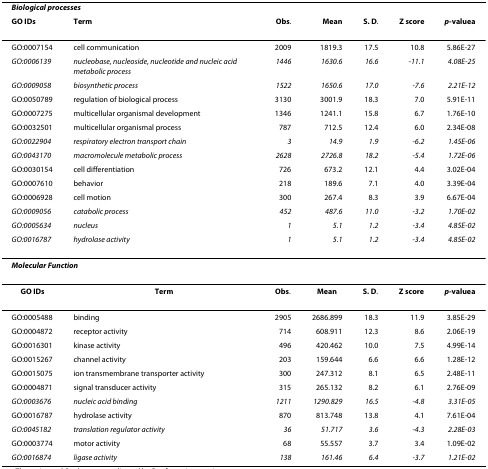
<table><thead><tr><td colspan="7"><b><i>Biological processes</i></b></td></tr><tr><td><b>GO IDs</b></td><td><b>Term</b></td><td><b>Obs.</b></td><td><b>Mean</b></td><td><b>S. D.</b></td><td><b>Z score</b></td><td><b><i>p</i>-value<sup>a</sup></b></td></tr></thead><tbody><tr><td>GO:0007154</td><td>cell communication</td><td>2009</td><td>1819.3</td><td>17.5</td><td>10.8</td><td>5.86E-27</td></tr><tr><td><i>GO:0006139</i></td><td><i>nucleobase, nucleoside, nucleotide and nucleic acid metabolic process</i></td><td><i>1446</i></td><td><i>1630.6</i></td><td><i>16.6</i></td><td>-<i>11.1</i></td><td><i>4.08E-25</i></td></tr><tr><td><i>GO:0009058</i></td><td><i>biosynthetic process</i></td><td><i>1522</i></td><td><i>1650.6</i></td><td><i>17.0</i></td><td>-<i>7.6</i></td><td><i>2.21E-12</i></td></tr><tr><td>GO:0050789</td><td>regulation of biological process</td><td>3130</td><td>3001.9</td><td>18.3</td><td>7.0</td><td>5.91E-11</td></tr><tr><td>GO:0007275</td><td>multicellular organismal development</td><td>1346</td><td>1241.1</td><td>15.8</td><td>6.7</td><td>1.76E-10</td></tr><tr><td>GO:0032501</td><td>multicellular organismal process</td><td>787</td><td>712.5</td><td>12.4</td><td>6.0</td><td>2.34E-08</td></tr><tr><td><i>GO:0022904</i></td><td><i>respiratory electron transport chain</i></td><td><i>3</i></td><td><i>14.9</i></td><td><i>1.9</i></td><td>-<i>6.2</i></td><td><i>1.45E-06</i></td></tr><tr><td><i>GO:0043170</i></td><td><i>macromolecule metabolic process</i></td><td><i>2628</i></td><td><i>2726.8</i></td><td><i>18.2</i></td><td>-<i>5.4</i></td><td><i>1.72E-06</i></td></tr><tr><td>GO:0030154</td><td>cell differentiation</td><td>726</td><td>673.2</td><td>12.1</td><td>4.4</td><td>3.02E-04</td></tr><tr><td>GO:0007610</td><td>behavior</td><td>218</td><td>189.6</td><td>7.1</td><td>4.0</td><td>3.39E-04</td></tr><tr><td>GO:0006928</td><td>cell motion</td><td>300</td><td>267.4</td><td>8.3</td><td>3.9</td><td>6.67E-04</td></tr><tr><td><i>GO:0009056</i></td><td><i>catabolic process</i></td><td><i>452</i></td><td><i>487.6</i></td><td><i>11.0</i></td><td>-<i>3.2</i></td><td><i>1.70E-02</i></td></tr><tr><td><i>GO:0005634</i></td><td><i>nucleus</i></td><td><i>1</i></td><td><i>5.1</i></td><td><i>1.2</i></td><td>-<i>3.4</i></td><td><i>4.85E-02</i></td></tr><tr><td><i>GO:0016787</i></td><td><i>hydrolase activity</i></td><td><i>1</i></td><td><i>5.1</i></td><td><i>1.2</i></td><td>-<i>3.4</i></td><td><i>4.85E-02</i></td></tr><tr><td colspan="7"><b><i>Molecular Function</i></b></td></tr><tr><td><b>GO IDs</b></td><td><b>Term</b></td><td><b>Obs</b>.</td><td><b>Mean</b></td><td><b>S. D</b>.</td><td><b>Z score</b></td><td><b><i>p</i>-value<sup>a</sup></b></td></tr><tr><td>GO:0005488</td><td>binding</td><td>2905</td><td>2686.899</td><td>18.3</td><td>11.9</td><td>3.85E-29</td></tr><tr><td>GO:0004872</td><td>receptor activity</td><td>714</td><td>608.911</td><td>12.3</td><td>8.6</td><td>2.06E-19</td></tr><tr><td>GO:0016301</td><td>kinase activity</td><td>496</td><td>420.462</td><td>10.0</td><td>7.5</td><td>4.99E-14</td></tr><tr><td>GO:0015267</td><td>channel activity</td><td>203</td><td>159.644</td><td>6.6</td><td>6.6</td><td>1.28E-12</td></tr><tr><td>GO:0015075</td><td>ion transmembrane transporter activity</td><td>300</td><td>247.312</td><td>8.1</td><td>6.5</td><td>2.48E-11</td></tr><tr><td>GO:0004871</td><td>signal transducer activity</td><td>315</td><td>265.132</td><td>8.2</td><td>6.1</td><td>2.76E-09</td></tr><tr><td><i>GO:0003676</i></td><td><i>nucleic acid binding</i></td><td><i>1211</i></td><td><i>1290.829</i></td><td><i>16.5</i></td><td>-<i>4.8</i></td><td><i>3.31E-05</i></td></tr><tr><td>GO:0016787</td><td>hydrolase activity</td><td>870</td><td>813.748</td><td>13.8</td><td>4.1</td><td>7.61E-04</td></tr><tr><td><i>GO:0045182</i></td><td><i>translation regulator activity</i></td><td><i>36</i></td><td><i>51.717</i></td><td><i>3.6</i></td><td>-<i>4.3</i></td><td><i>2.28E-03</i></td></tr><tr><td>GO:0003774</td><td>motor activity</td><td>68</td><td>55.557</td><td>3.7</td><td>3.4</td><td>1.09E-02</td></tr><tr><td><i>GO:0016874</i></td><td><i>ligase activity</i></td><td><i>138</i></td><td><i>161.46</i></td><td><i>6.4</i></td><td>-<i>3.7</i></td><td><i>1.21E-02</i></td></tr></tbody></table>